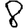
Digit: 8